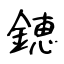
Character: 𨫍